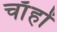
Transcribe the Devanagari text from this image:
चाँहों